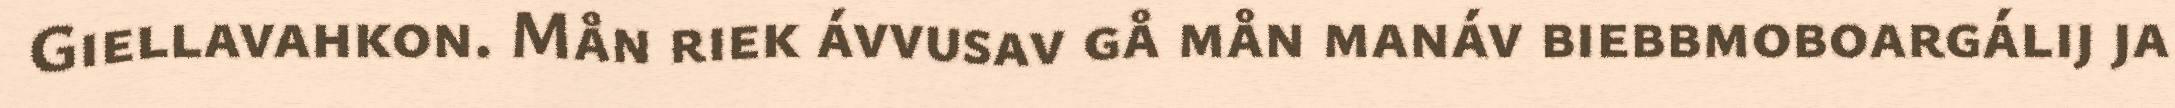
Giellavahkon. Mån riek ávvusav gå mån manáv biebbmoboargálij ja